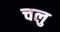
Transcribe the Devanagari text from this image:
चलु